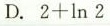
D. $$2 + \ln 2$$